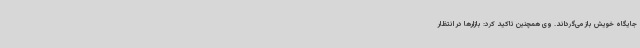
جایگاه خویش باز می‌گرداند. وی همچنین تاکید کرد: بازارها در انتظار